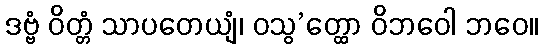
ဒဗ္ဗံ ဝိတ္တံ သာပတေယျံ၊ ဝသွ’တ္ထော ဝိဘဝေါ ဘဝေ။